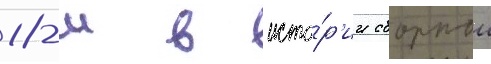
18-м в исто́р'ии сборнои